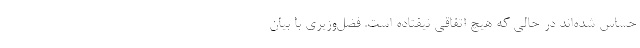
حساس شده‌اند در حالی که هیچ اتفاقی نیفتاده است. فضل‌وزیری با بیان